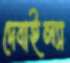
দেবাইল্যা